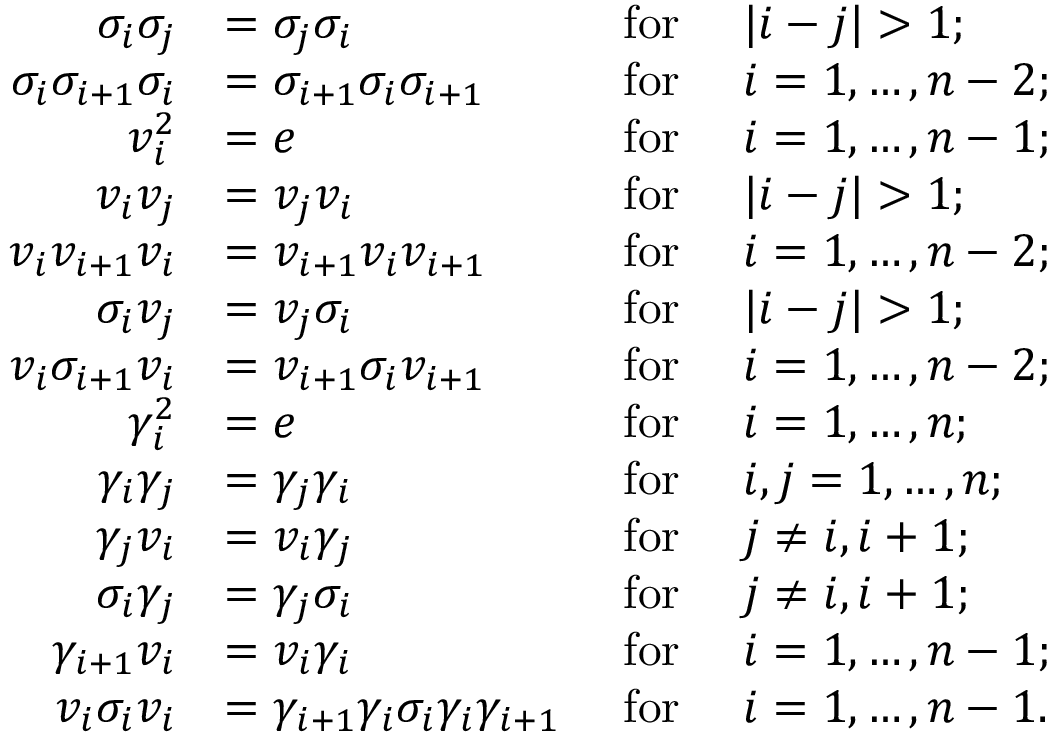
\begin{array} { r l r l } { \sigma _ { i } \sigma _ { j } } & { = \sigma _ { j } \sigma _ { i } } & { \mathrm { ~ f o r ~ } } & { | i - j | > 1 ; } \\ { \sigma _ { i } \sigma _ { i + 1 } \sigma _ { i } } & { = \sigma _ { i + 1 } \sigma _ { i } \sigma _ { i + 1 } } & { \mathrm { ~ f o r ~ } } & { i = 1 , \ldots , n - 2 ; } \\ { v _ { i } ^ { 2 } } & { = e } & { \mathrm { ~ f o r ~ } } & { i = 1 , \ldots , n - 1 ; } \\ { v _ { i } v _ { j } } & { = v _ { j } v _ { i } } & { \mathrm { ~ f o r ~ } } & { | i - j | > 1 ; } \\ { v _ { i } v _ { i + 1 } v _ { i } } & { = v _ { i + 1 } v _ { i } v _ { i + 1 } } & { \mathrm { ~ f o r ~ } } & { i = 1 , \ldots , n - 2 ; } \\ { \sigma _ { i } v _ { j } } & { = v _ { j } \sigma _ { i } } & { \mathrm { ~ f o r ~ } } & { | i - j | > 1 ; } \\ { v _ { i } \sigma _ { i + 1 } v _ { i } } & { = v _ { i + 1 } \sigma _ { i } v _ { i + 1 } } & { \mathrm { ~ f o r ~ } } & { i = 1 , \ldots , n - 2 ; } \\ { \gamma _ { i } ^ { 2 } } & { = e } & { \mathrm { ~ f o r ~ } } & { i = 1 , \ldots , n ; } \\ { \gamma _ { i } \gamma _ { j } } & { = \gamma _ { j } \gamma _ { i } } & { \mathrm { ~ f o r ~ } } & { i , j = 1 , \ldots , n ; } \\ { \gamma _ { j } v _ { i } } & { = v _ { i } \gamma _ { j } } & { \mathrm { ~ f o r ~ } } & { j \neq i , i + 1 ; } \\ { \sigma _ { i } \gamma _ { j } } & { = \gamma _ { j } \sigma _ { i } } & { \mathrm { ~ f o r ~ } } & { j \neq i , i + 1 ; } \\ { \gamma _ { i + 1 } v _ { i } } & { = v _ { i } \gamma _ { i } } & { \mathrm { ~ f o r ~ } } & { i = 1 , \ldots , n - 1 ; } \\ { v _ { i } \sigma _ { i } v _ { i } } & { = \gamma _ { i + 1 } \gamma _ { i } \sigma _ { i } \gamma _ { i } \gamma _ { i + 1 } } & { \mathrm { ~ f o r ~ } } & { i = 1 , \ldots , n - 1 . } \end{array}